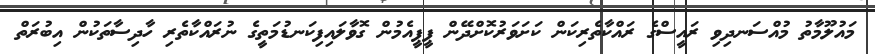
މައުލޫމާތު މުއްސަނދިވި ރައީސްގެ ރައްކާތެރިކަން ކަށަވަރުކޮށްދޭން ޕީޕީއެމުން ގޮވާލައިފިކަނޑުމަތީގެ ނުރައްކާތެރި ހާދިސާތަކުން އިބުރަތް